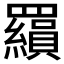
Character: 𮊟